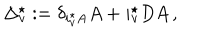
LaTeX: \Delta _ { v } ^ { \star } : = \delta _ { i _ { v } ^ { \star } A } A + i _ { v } ^ { \star } D A \, ,